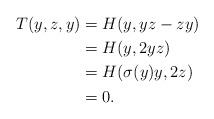
\begin{align*}T(y,z,y) &= H(y, yz-zy )\\ &= H(y,2yz) \\ &= H(\sigma(y)y, 2z) \\ &= 0.\end{align*}